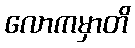
လောကမှာတိ